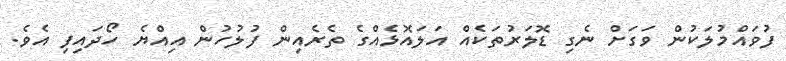
ފުވައްމުލަކުން ވަގަށް ނެގި ޑޮލަރުތަކެއް އަލައޮޅެއްގެ ތެރެއިން ފުލުހުން އިއްޔެ ހޯދައިފި އެވެ.